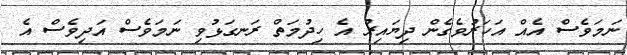
ނަމަވެސް އެއް އަހަރުވެގެން ދިޔައިރު އެ ހިދުމަތް ރަނގަޅުވި ނަމަވެސް އަދިވެސް އެ